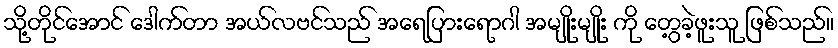
သို့တိုင်အောင် ဒေါက်တာ အယ်လဗင်သည် အရေပြားရောဂါ အမျိုးမျိုး ကို တွေ့ခဲ့ဖူးသူ ဖြစ်သည်။